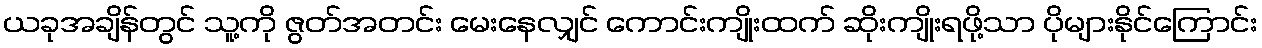
ယခုအချိန်တွင် သူ့ကို ဇွတ်အတင်း မေးနေလျှင် ကောင်းကျိုးထက် ဆိုးကျိုးရဖို့သာ ပိုများနိုင်ကြောင်း